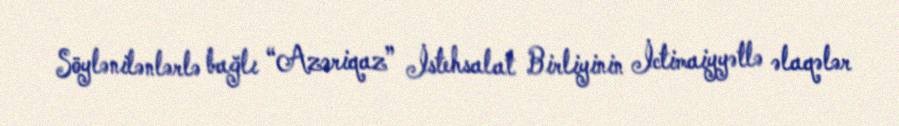
Söylənilənlərlə bağlı “Azəriqaz” İstehsalat Birliyinin İctimaiyyətlə əlaqələr